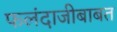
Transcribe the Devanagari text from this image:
फलंदाजीबाबत